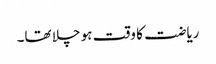
ریاضت کا وقت ہو چلا تھا۔